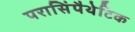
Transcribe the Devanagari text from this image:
परासिंपैथेटिक